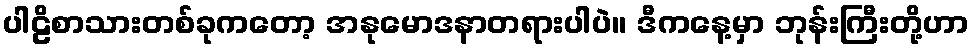
ပါဠိစာသားတစ်ခုကတော့ အနုမောဒနာတရားပါပဲ။ ဒီကနေ့မှာ ဘုန်းကြီးတို့ဟာ